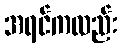
အရင်ကလည်း